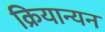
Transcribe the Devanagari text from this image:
क्रियान्यन